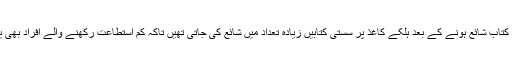
اس زمانے میں بھی کتاب شائع ہونے کے بعد ہلکے کاغذ پر سستی کتابیں زیادہ تعداد میں شائع کی جاتی تھیں تاکہ کم استطاعت رکھنے والے افراد بھی یہ کتاب خرید سکیں۔